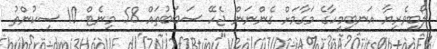
ލޯބިވެރިޔާ އަނބިމީހާގެ މަގާމަށް ގެންނަން ޖެހޭ ސަބަބުތައް 58 މިނެޓް 10 ސިކުންތު